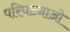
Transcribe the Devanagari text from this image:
परिघटनाओ